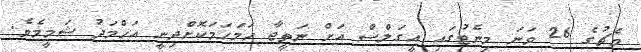
މެޗުގެ 26 ވަނަ މިނެޓުގައި އީގަލްސް އަށް ނަތީޖާ ހަމަހަމަކޮށްދިނީ އަހްމަދު ޝަމީމެވެ.